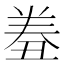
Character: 𰃤